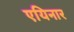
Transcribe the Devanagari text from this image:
एयिनार